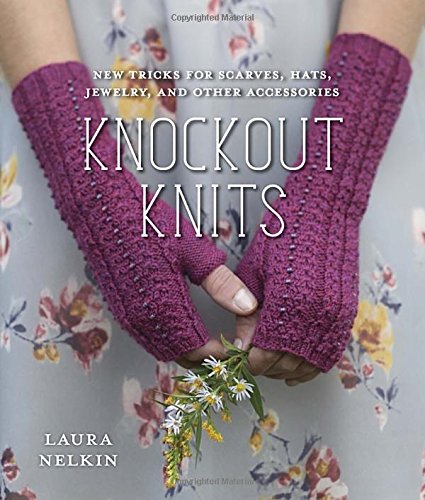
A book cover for Knockout Knits: New Tricks for Scarves, Hats, Jewelry, and Other Accessories; Laura Nelkin; Crafts, Hobbies & Home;